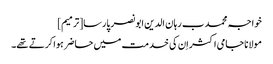
خواجہ محمد ب رہان الدین ابو نصر پارسا[ترمیم]
مولانا جامی اکثر اِن کی خدمت میں حاضر ہوا کرتے تھے۔